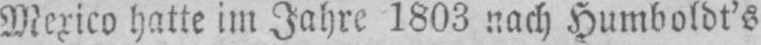
Mexico hatte im Jahre 1803 nach Humboldt’s